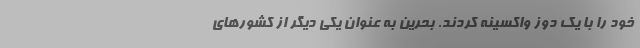
خود را با یک دوز واکسینه کردند. بحرین به عنوان یکی دیگر از کشورهای